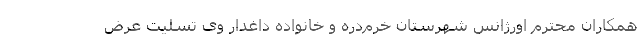
همکاران محترم اورژانس شهرستان خرم‌دره و خانواده داغدار وی تسلیت عرض